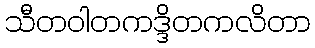
သီတဝါတကဒ္ဒိတကလိတာ